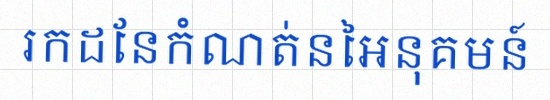
រកដែនកំណត់នៃអនុគមន៍